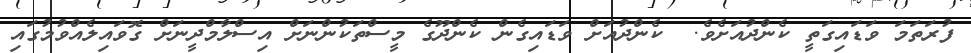
ފުރަތަމަ ވަޑައިގަތީ ކެންދުއަށެވެ.  ކެންދުއަށް ވަޑައިގެން ކެންދޫގެ މީސްތަކުންނަށް އިސްލާމްދީނަށް ގޮވައިލެއްވުމުގައި